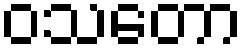
ဝသတော